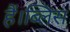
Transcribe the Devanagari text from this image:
हैं।ब्लिस